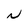
Character: N